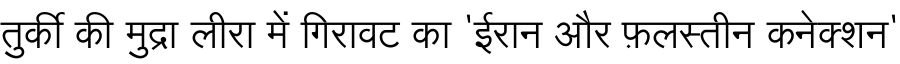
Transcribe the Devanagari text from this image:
तुर्की की मुद्रा लीरा में गिरावट का 'ईरान और फ़लस्तीन कनेक्शन'